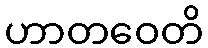
ဟာတဝေတိ